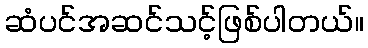
ဆံပင်အဆင်သင့်ဖြစ်ပါတယ်။